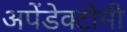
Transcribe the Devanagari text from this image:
अपेंडेक्टोमी